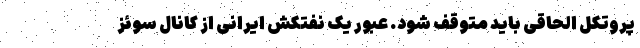
پروتکل الحاقی باید متوقف شود. عبور یک نفتکش ایرانی از کانال سوئز